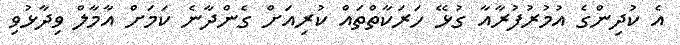
އެ ކުދިންގެ އުމުރުފުރާއާ ގުޅޭ ހަރަކާތްތައް ކުރިއަށް ގެންދާނެ ކަމަށް އާމާލް ވިދާޅުވި